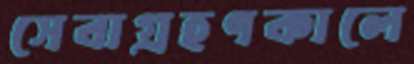
সেবাগ্রহণকালে